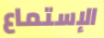
الإستماع